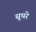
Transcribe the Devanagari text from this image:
सूथरे